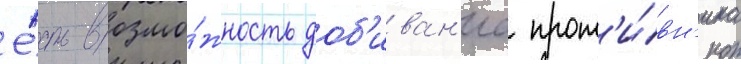
Е́сть возмо́жность доб'иван'иа прот'и́вн'ика